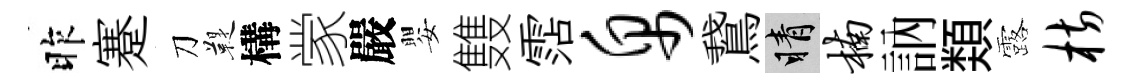
昨蹇刀鞮構䝉嚴嬰䨇霑帛鵞睛楠訥𩔖露枋